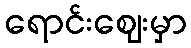
ရောင်းဈေးမှာ